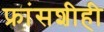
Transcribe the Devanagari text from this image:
फ्रांसशीही